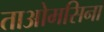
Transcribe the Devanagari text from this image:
ताओमसिना